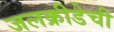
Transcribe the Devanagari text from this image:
जलक्रीडेची